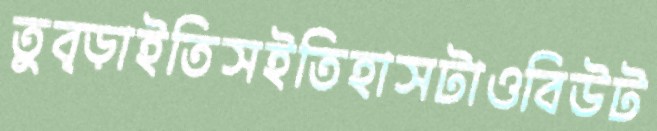
তুব্‌ড়াইতিসইতিহাসটাওবিউট